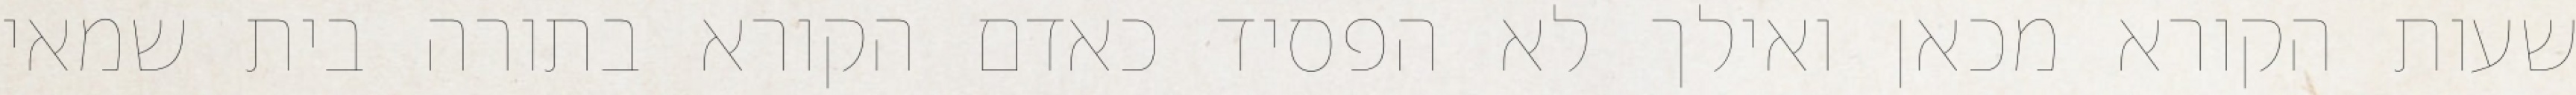
שעות הקורא מכאן ואילך לא הפסיד כאדם הקורא בתורה בית שמאי